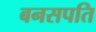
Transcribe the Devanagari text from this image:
बनसपति